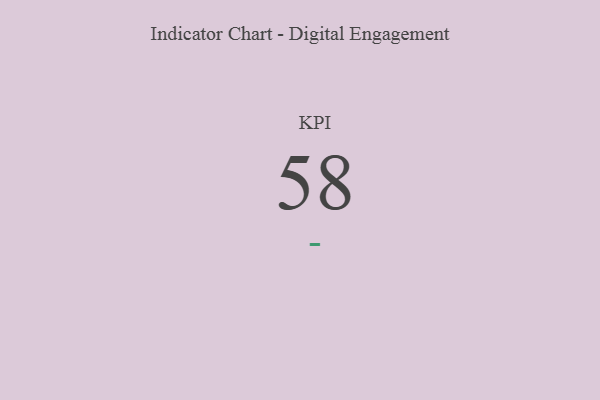
{"axis": {"x": "KPI", "y": "Value"}, "legend": [""], "data": [{"x": "KPI", "y": 58, "type": ""}]}